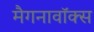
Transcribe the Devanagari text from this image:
मैगनावॉक्स